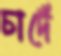
চাদেঁ